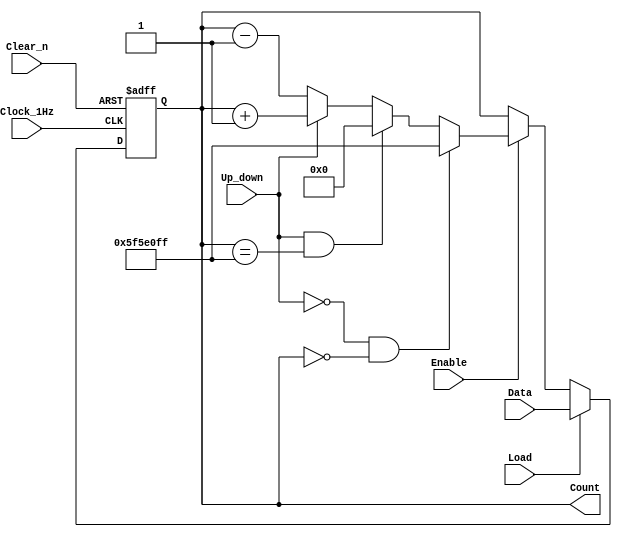
`timescale 1ns / 1ns

//////////////////////////////////////////////////////////////////////////////////
// Company:  RUAS
// 
// Design Name: 
// Module Name: counter_99999999
// Project Name: 
// Target Devices: 
// Tool Versions: 
// Description: 
// 
// Dependencies: 
// 
// Revision:
// Revision 0.01 - File Created
// Additional Comments:
// 
//////////////////////////////////////////////////////////////////////////////////

module counter_99999999(
        output reg [26:0] Count,
 	    input  [26:0] Data,
 	    input  Enable, Up_down, Load, Clear_n, Clock_1Hz);	   

      always@(posedge Clock_1Hz, negedge Clear_n)
 	     if(!Clear_n) 
            Count <= {(27){1'b0}};
         else if(Load)   
            Count <= Data;
         else if(Enable) 
            if((!Up_down) && (Count == 0))   
                Count <= 99999999;
            else if(Up_down && (Count == 99999999))
                Count <= {(27){1'b0}};
            else if(Up_down) 
                Count <= Count + 1'b1;
            else 
                Count <= Count - 1'b1;
 			
endmodule